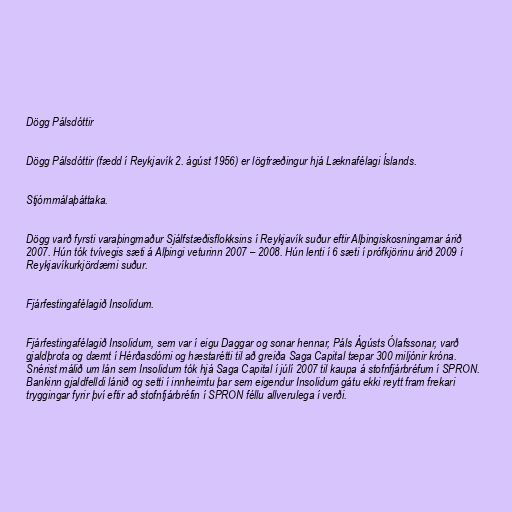
Dögg Pálsdóttir

Dögg Pálsdóttir (fædd í Reykjavík 2. ágúst 1956) er lögfræðingur hjá Læknafélagi Íslands.

Stjórnmálaþáttaka.

Dögg varð fyrsti varaþingmaður Sjálfstæðisflokksins í Reykjavík suður eftir Alþingiskosningarnar árið
2007. Hún tók tvívegis sæti á Alþingi veturinn 2007 – 2008. Hún lenti í 6 sæti í prófkjörinu árið 2009 í
Reykjavíkurkjördæmi suður.

Fjárfestingafélagið Insolidum.

Fjárfestingafélagið Insolidum, sem var í eigu Daggar og sonar hennar, Páls Ágústs Ólafssonar, varð
gjaldþrota og dæmt í Hérðasdómi og hæstarétti til að greiða Saga Capital tæpar 300 miljónir króna.
Snérist málið um lán sem In­solidum tók hjá Saga Capital í júlí 2007 til kaupa á stofn­fjár­bréfum í SPRON.
Bank­inn gjald­felldi lánið og setti í inn­heimtu þar sem eig­end­ur In­solidum gátu ekki reytt fram frek­ari
trygg­ing­ar fyr­ir því eft­ir að stofn­fjár­bréf­in í SPRON féllu allverulega í verði.